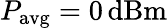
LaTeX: P_{\mathrm{avg}}=0\, \mathrm{dBm}